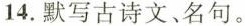
14.默写古诗文、名句。